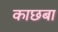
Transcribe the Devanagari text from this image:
काछबा